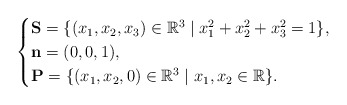
\begin{align*}\begin{cases}\mathbf{S} = \{ (x_1, x_2, x_3) \in \mathbb{R}^3 \mid x_1^2 + x_2^2 + x_3^2 = 1 \},\\\mathbf{n} = (0, 0, 1), \\ \mathbf{P} = \{ (x_1, x_2, 0) \in \mathbb{R}^3 \mid x_1, x_2\in \mathbb{R} \}.\end{cases}\end{align*}